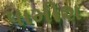
પામીશ